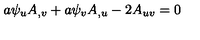
a \psi _ { u } A _ { , v } + a \psi _ { v } A _ { , u } - 2 A _ { u v } = 0